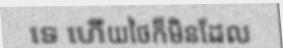
ទេ ហើយថៃក៏មិនដែល